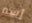
إسم